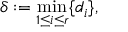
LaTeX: \delta : = \operatorname* { m i n } _ { 1 \leq i \leq r } \{ d _ { i } \} ,